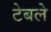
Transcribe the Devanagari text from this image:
टेबले